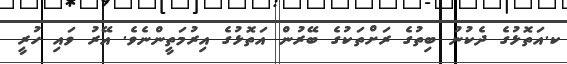
ކ.އަތޮޅުގެ ދެކުނު ބިތުގެ ރަށްތަކުގެ ބޭރުން އަތޮޅުގެ އިރުމަތީންނެވެ. އޭރު ވައި ހުރީ